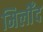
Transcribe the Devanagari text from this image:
मिलीँद